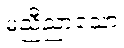
မညီညာသော